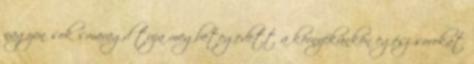
nagyon sok smaragd tuja megbetegedett a környékünkön egész sorokat